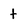
Character: t